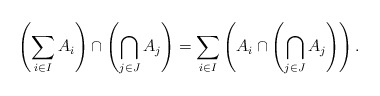
\begin{align*}\left(\sum_{i\in I}A_i\right)\cap \left(\bigcap_{j\in J}A_j\right)=\sum_{i\in I}\left(A_i\cap\left(\bigcap_{j\in J}A_j\right)\right).\end{align*}